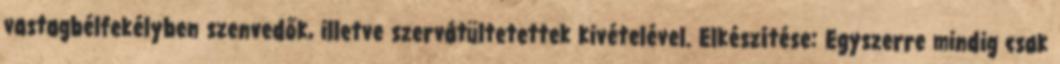
vastagbélfekélyben szenvedők, illetve szervátültetettek kivételével. Elkészítése: Egyszerre mindig csak